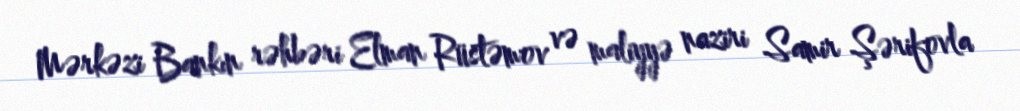
Mərkəzi Bankın rəhbəri Elman Rüstəmov və maliyyə naziri Samir Şərifovla